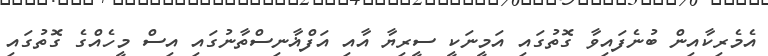
އެމެރިކާއިން ބުނެފައިވާ ގޮތުގައި އަމީނަކީ ސީރިޔާ އާއި އަފްޣާނިސްތާނުގައި އިސް މީހެއްގެ ގޮތުގައި